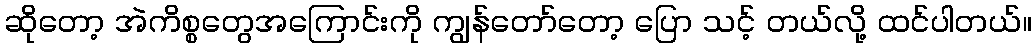
ဆိုတော့ အဲကိစ္စတွေအကြောင်းကို ကျွန်တော်တော့ ပြော သင့် တယ်လို့ ထင်ပါတယ်။